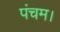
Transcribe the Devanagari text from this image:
पंचम।